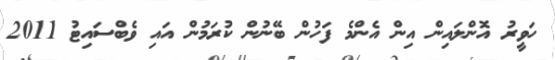
ހަވީރު އޮންލައިން އިން އެންމެ ފަހުން ބޭނުން ކުރަމުން އައި ވެބްސައިޓު 2011